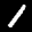
Label: 1